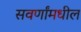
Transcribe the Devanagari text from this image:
सवर्णांमधील